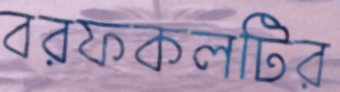
বরফকলটির